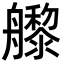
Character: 𬜜